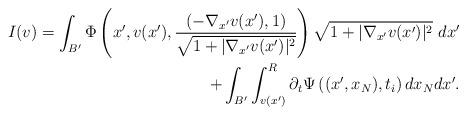
LaTeX: \begin{align*}I(v)=\int_{B'} \Phi\left(x',v(x'),\frac{\left(-\nabla_{x'} v(x'),1\right)}{\sqrt{1+|\nabla_{x'} v(x')|^2}}\right)\sqrt{1+|\nabla_{x'} v(x')|^2}\ dx'\\+\int_{B'}\int^R_{v(x')}\partial_t\Psi\left((x',x_N),t_i\right) dx_N dx'.\end{align*}